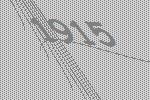
1915